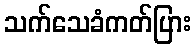
သက်သေခံကတ်ပြား